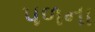
પળના